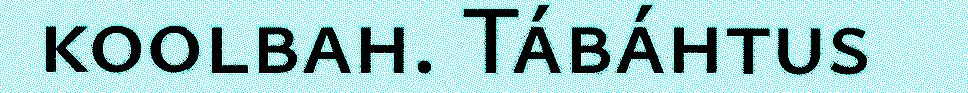
koolbah. Tábáhtus